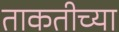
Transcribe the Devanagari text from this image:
ताकतीच्या